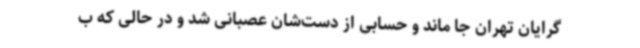
گرایان تهران جا ماند و حسابی از دست‌شان عصبانی شد و در حالی‌ که ب